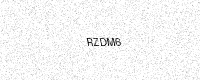
Text: RZDM6